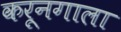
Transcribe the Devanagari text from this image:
करूनगाला